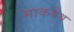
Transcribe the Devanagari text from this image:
माकबेथ